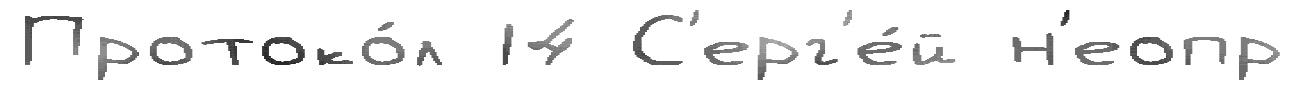
Протоко́л 14 С'ерг'е́й н'еопр